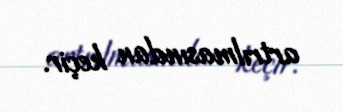
artrılmasından keçir.